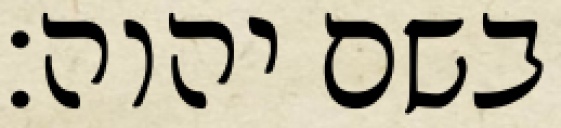
בשם יהוה׃